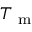
T _ { \mathrm { ~ m ~ } }